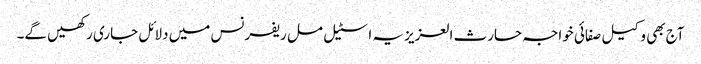
آج بھی وکیل صفائی خواجہ حارث العزیزیہ اسٹیل مل ریفرنس میں دلائل جاری رکھیں گے۔